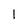
Character: 1